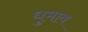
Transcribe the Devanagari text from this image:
धुमाव